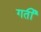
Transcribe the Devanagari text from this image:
गर्ती